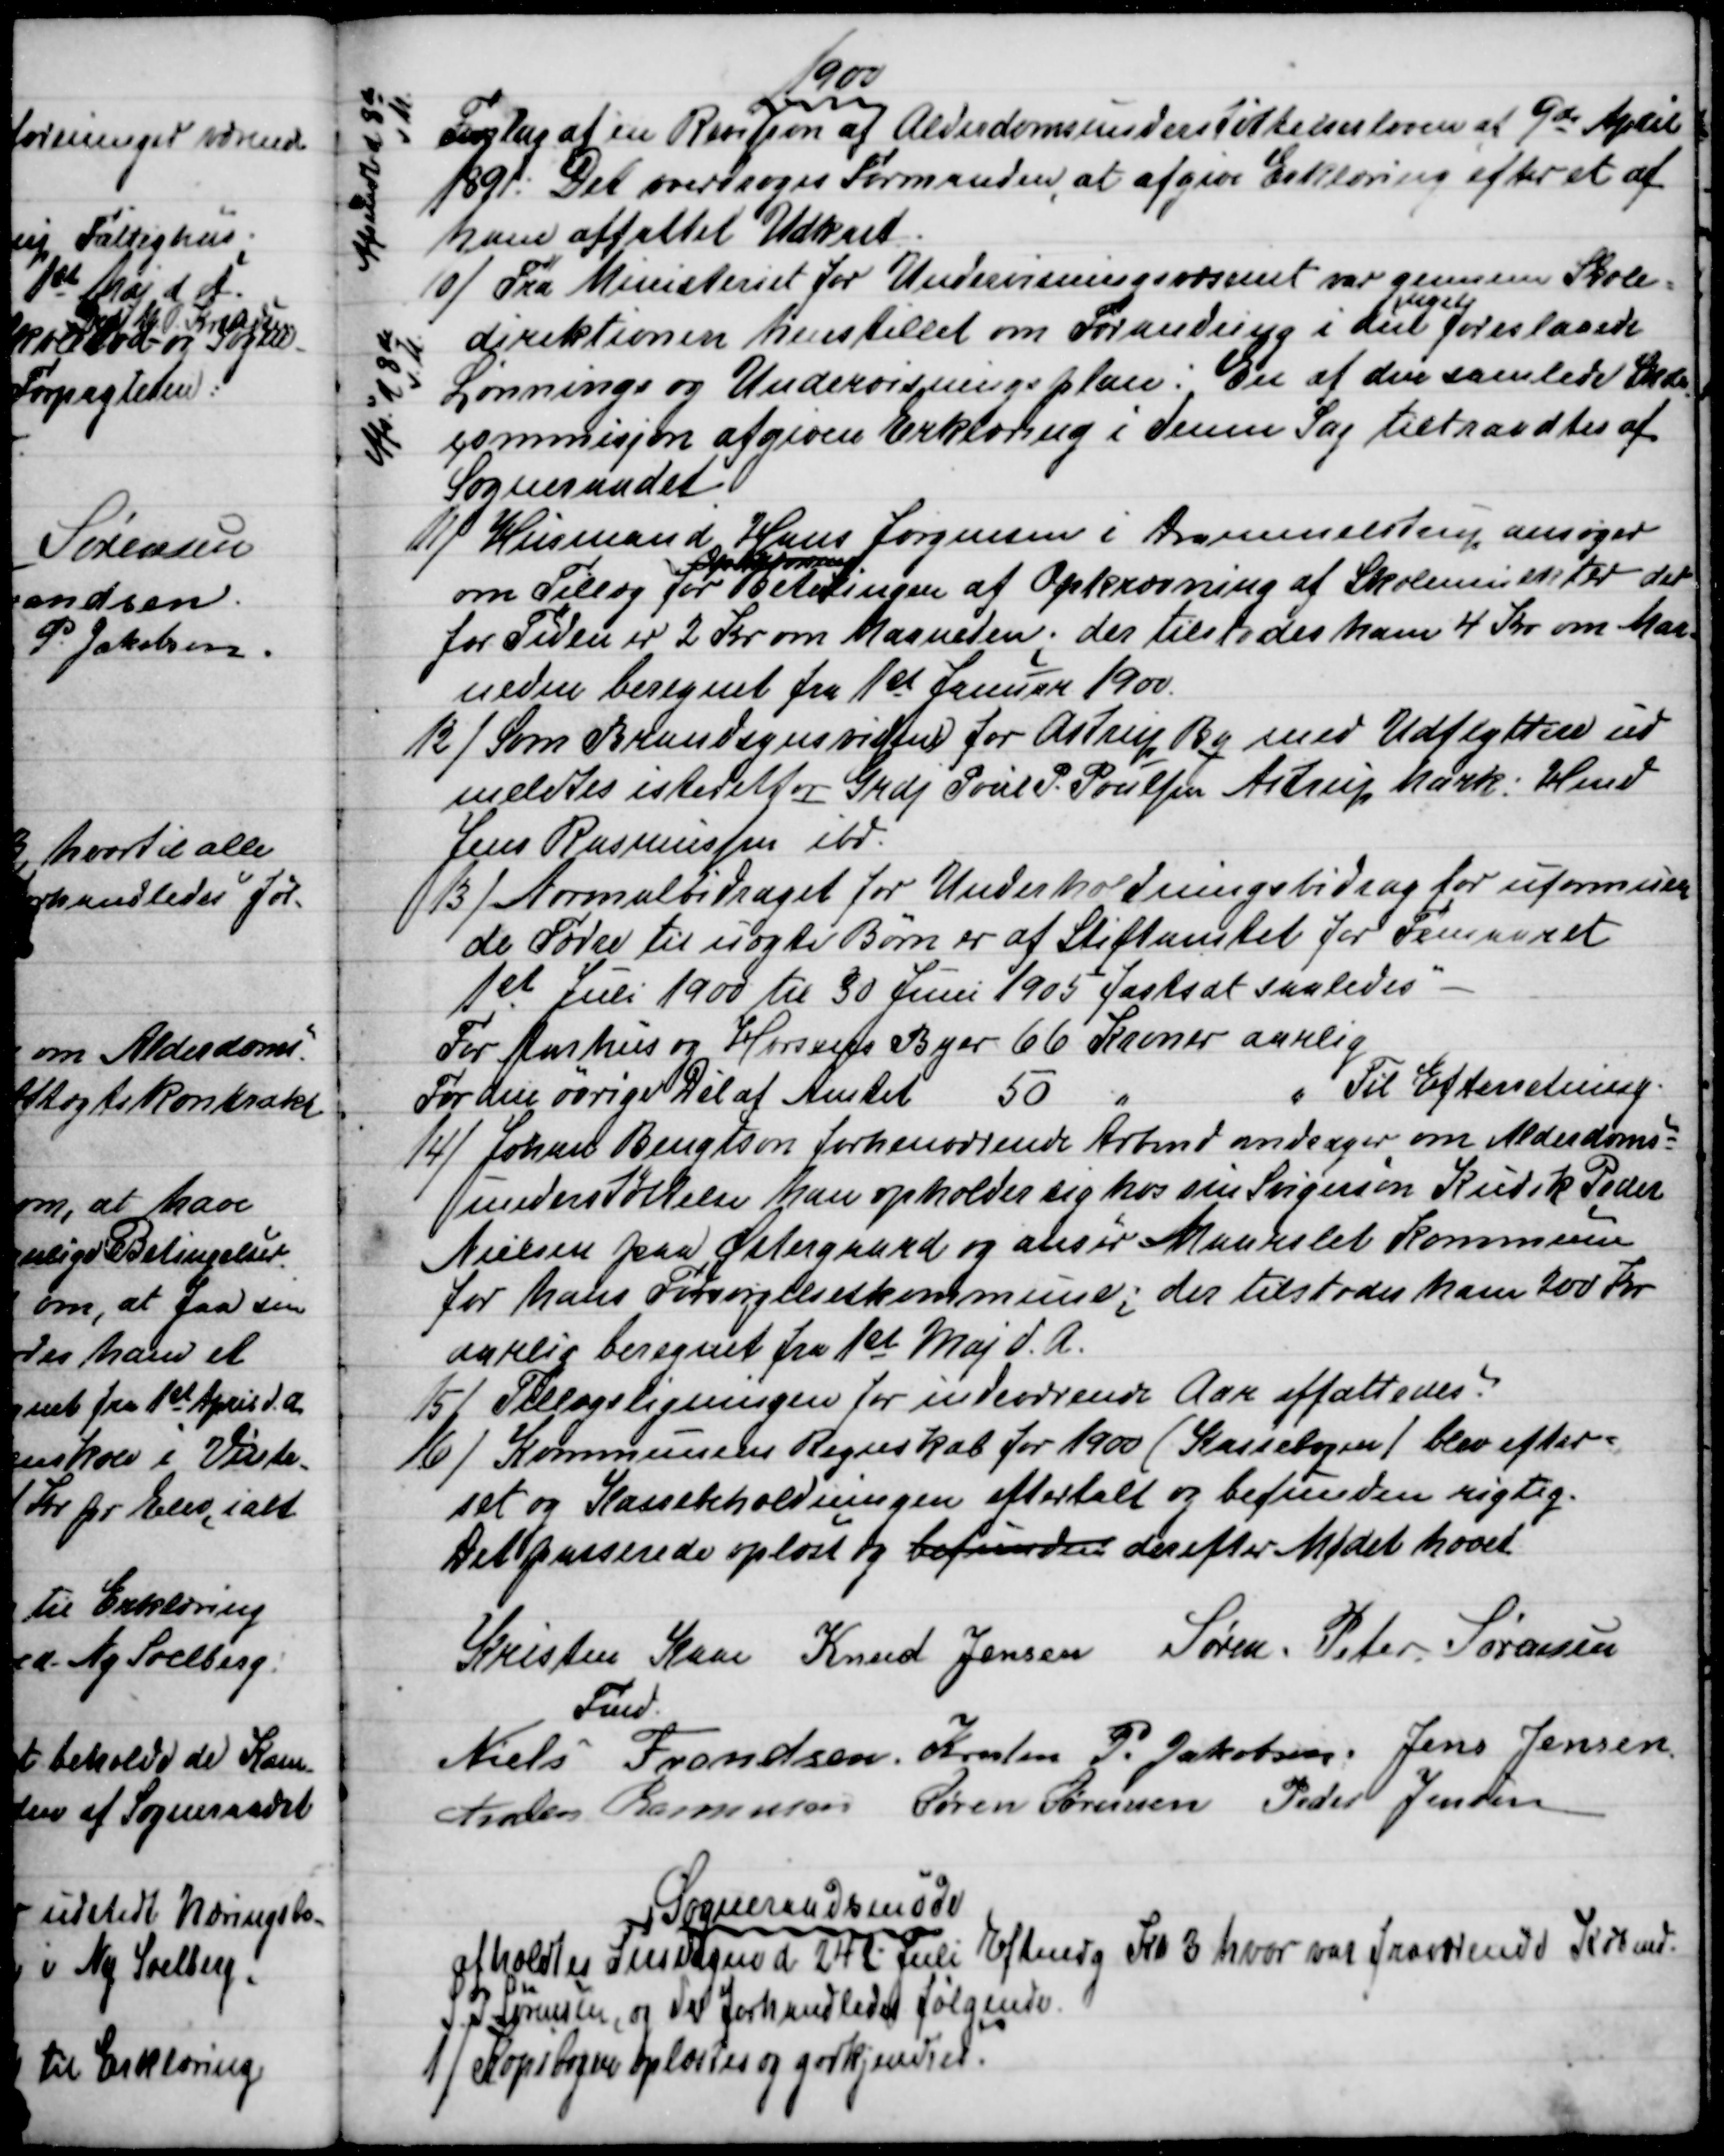
Transskription:
1900
Forslag at en Revision af Alderdomsunderstøttelsesloven af 9de April
1891. Det overdroges Formanden, at afgive Erklæring efter et af
ham affattet Udkast.
Afsendt d 8de 
d M
10)
Fra Ministeriet for Undervisningsvæsenet var gennem Skole=
direktionen henstillet om Forandring i den 
nye
foreslaaede
Lønnings og Undervisningsplan: En af den samlede Skole
=
commisjon afgiven Erklæring i denne Sag tiltraadtes af
Sogneraadet.
Afs. d 8de
d. M.
11)
Husmand Hans Jørgensen i Drammelstrup ansøger
om Tillæg for 
Opkrævning
Betalingen af Opkrævning af Skolemulkter der
for Tiden er 2 Kr om Maaneden; der tilstodes ham 4 Kr om Maa=
neden beregnet fra 1st Januar 1900.
12) 
Som Brandsynsvidne for Astrup By med Udflyttere ud
meldtes istedetfor Grdj Poul P. Poulsen Astrup Mark: Hmd
Jens Rasmussen ibd.
13) 
Normalbidraget for Underholdningsbidrag for uformue
=
de Folk til uægte Børn er af Stiftamtet for Femaaret
1st Juli 1900 til 30 Juni 1905 fastsat saaledes
For Aarhus og Horsens Byer 66 Kroner aarlig
For den øvrige Del af Amtet
50 
"
"
Til Efterretning.
14) 
Johan Bengtson forhenværende Arbmd andrager om Alderdoms=
understøttelse han opholder sig hos sin Svigersøn Kudsk Peder
Nielsen paa Østergaard og anser Maarslet Kommune
for hans Forsørgelseskommune; der tilstodes ham 200 Kr
aarlig beregnet fra 1st Maj d. A.
15)
Tillægsligningen for indeværende Aar affattedes.
16)
Kommunens Regnskab for 1900 (Kassebogen/ blev efter=
set og Kassebeholdningen eftertalt og befunden rigtig.
Det passerede oplæst og befunden derefter Mødet hævet
Kristen Kaae
Fmd
Knud Jensen
Søren. Peter Sørensen
Niels Frandsen. Kresten P. Jakobsen, Jens Jensen.
Anders Rasmussen Søren Sørensen Peder Jensen
Sogneraadsmøde
afholdtes Tirsdagen d. 24de Juli Eftmdg Kl 3 hvor var fraværende Købmd.
S. P. Sørensen, og der forhandledes følgende
1)
Kopibogen oplæstes og godkjendtes.